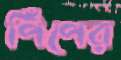
পিঁপের